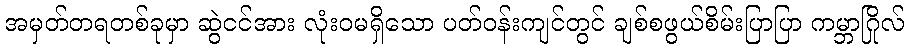
အမှတ်တရတစ်ခုမှာ ဆွဲငင်အား လုံးဝမရှိသော ပတ်ဝန်းကျင်တွင် ချစ်စဖွယ်စိမ်းပြာပြာ ကမ္ဘာဂြိုလ်